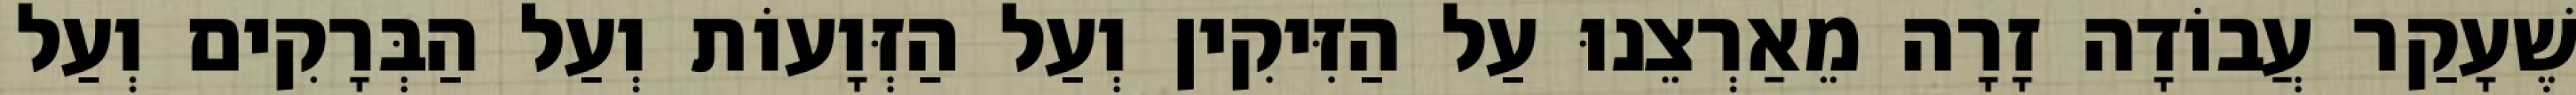
שֶׁעָקַר עֲבוֹדָה זָרָה מֵאַרְצֵנוּ עַל הַזִּיקִין וְעַל הַזְּוָעוֹת וְעַל הַבְּרָקִים וְעַל